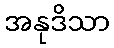
အနုဒိသာ